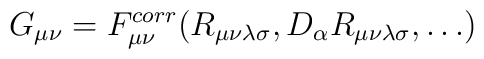
G_{\mu\nu}= F_{\mu\nu}^{corr} ( R_{\mu\nu\lambda\sigma},D_{\alpha} R_{\mu\nu\lambda\sigma}, \dots)